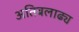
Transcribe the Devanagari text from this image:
अतिबलाढ्य